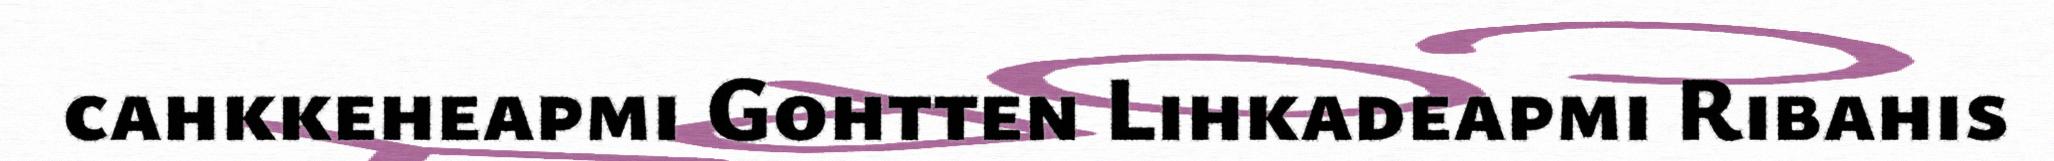
cahkkeheapmi Gohtten Lihkadeapmi Ribahis